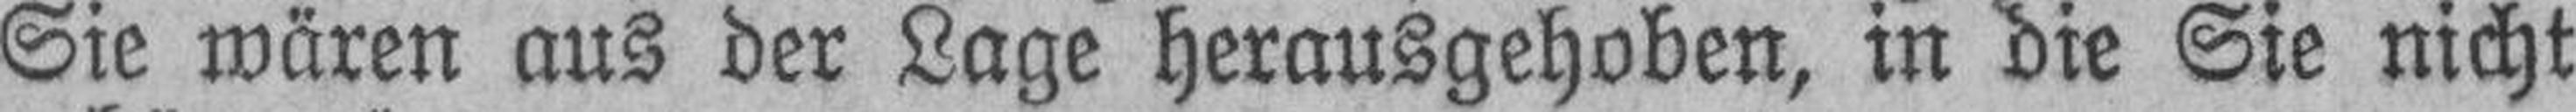
Sie wären aus der Lage herausgehoben, in die Sie nicht